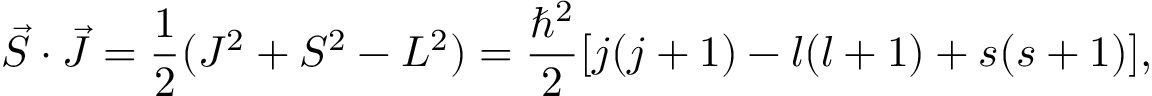
{ \vec { S } } \cdot { \vec { J } } = { \frac { 1 } { 2 } } ( J ^ { 2 } + S ^ { 2 } - L ^ { 2 } ) = { \frac { \hbar ^ { 2 } } { 2 } } [ j ( j + 1 ) - l ( l + 1 ) + s ( s + 1 ) ] ,